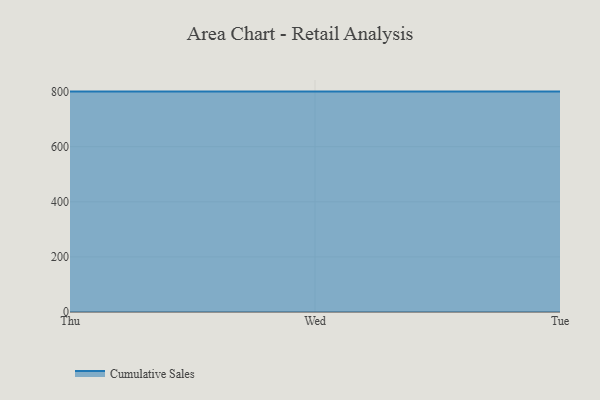
{"axis": {"x": "Day", "y": "Revenue (USD Million)"}, "legend": ["Cumulative Sales"], "data": [{"x": "Thu", "y": 800, "type": "Cumulative Sales"}, {"x": "Wed", "y": 800, "type": "Cumulative Sales"}, {"x": "Tue", "y": 800, "type": "Cumulative Sales"}]}